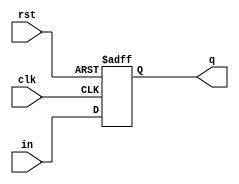
module d_ff(
    input in,
    input clk,
    input rst,
    output reg q
    );
     
always@(posedge clk, posedge rst)
    begin
        if(rst)
            q<=0;
        else
            q<=in;
        end
endmodule